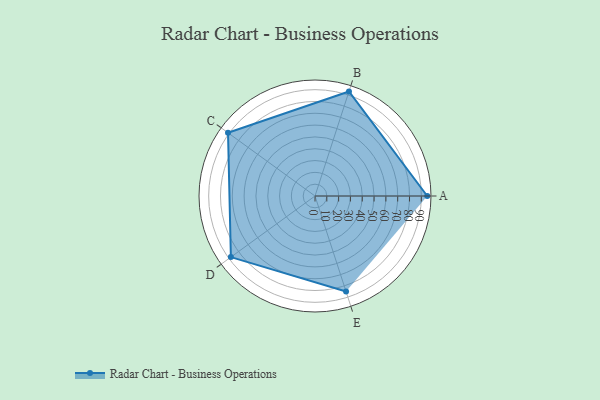
{"axis": {"x": "Skill", "y": "Score"}, "legend": ["Profile"], "data": [{"x": "A", "y": 95.0, "type": "Profile"}, {"x": "B", "y": 93.0, "type": "Profile"}, {"x": "C", "y": 91.0, "type": "Profile"}, {"x": "D", "y": 88.0, "type": "Profile"}, {"x": "E", "y": 85.0, "type": "Profile"}]}